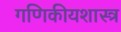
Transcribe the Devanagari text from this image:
गणिकीयशास्त्र